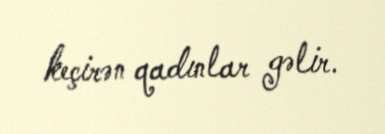
keçirən qadınlar gəlir.